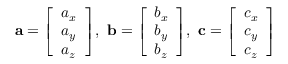
\mathbf { a } = { \left[ \begin{array} { l } { a _ { x } } \\ { a _ { y } } \\ { a _ { z } } \end{array} \right] } , \ \mathbf { b } = { \left[ \begin{array} { l } { b _ { x } } \\ { b _ { y } } \\ { b _ { z } } \end{array} \right] } , \ \mathbf { c } = { \left[ \begin{array} { l } { c _ { x } } \\ { c _ { y } } \\ { c _ { z } } \end{array} \right] }